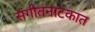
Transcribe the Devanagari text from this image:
संगीतनाटकात